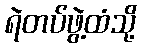
ရဲတပ်ဖွဲ့ထံသို့